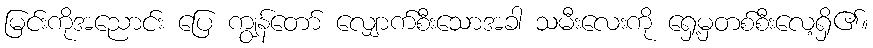
မြင်းကိုအညောင်း ပြေ ကျွန်တော် လျှောက်စီးသောအခါ သမီးလေးကို ရှေ့မှတစ်စီးလေ့ရှိ၏။